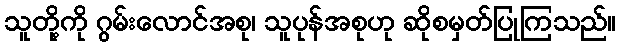
သူတို့ကို ဂွမ်းလောင်အစု၊ သူပုန်အစုဟု ဆိုစမှတ်ပြုကြသည်။